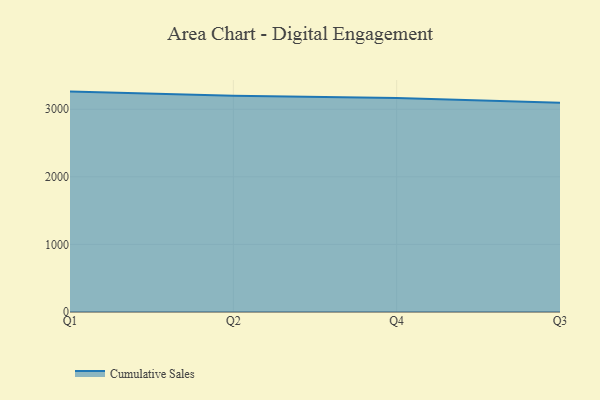
{"axis": {"x": "Quarter", "y": "Page Views"}, "legend": ["Cumulative Sales"], "data": [{"x": "Q1", "y": 3261.2, "type": "Cumulative Sales"}, {"x": "Q2", "y": 3201.3, "type": "Cumulative Sales"}, {"x": "Q4", "y": 3167.9, "type": "Cumulative Sales"}, {"x": "Q3", "y": 3096.6, "type": "Cumulative Sales"}]}